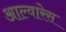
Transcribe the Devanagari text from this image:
आल्वारेस